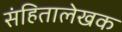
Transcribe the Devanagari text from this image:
संहितालेखक